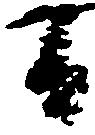
間